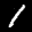
Label: 1